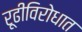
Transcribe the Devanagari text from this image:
रूढीविरोधात